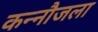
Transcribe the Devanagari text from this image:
कन्नौजला